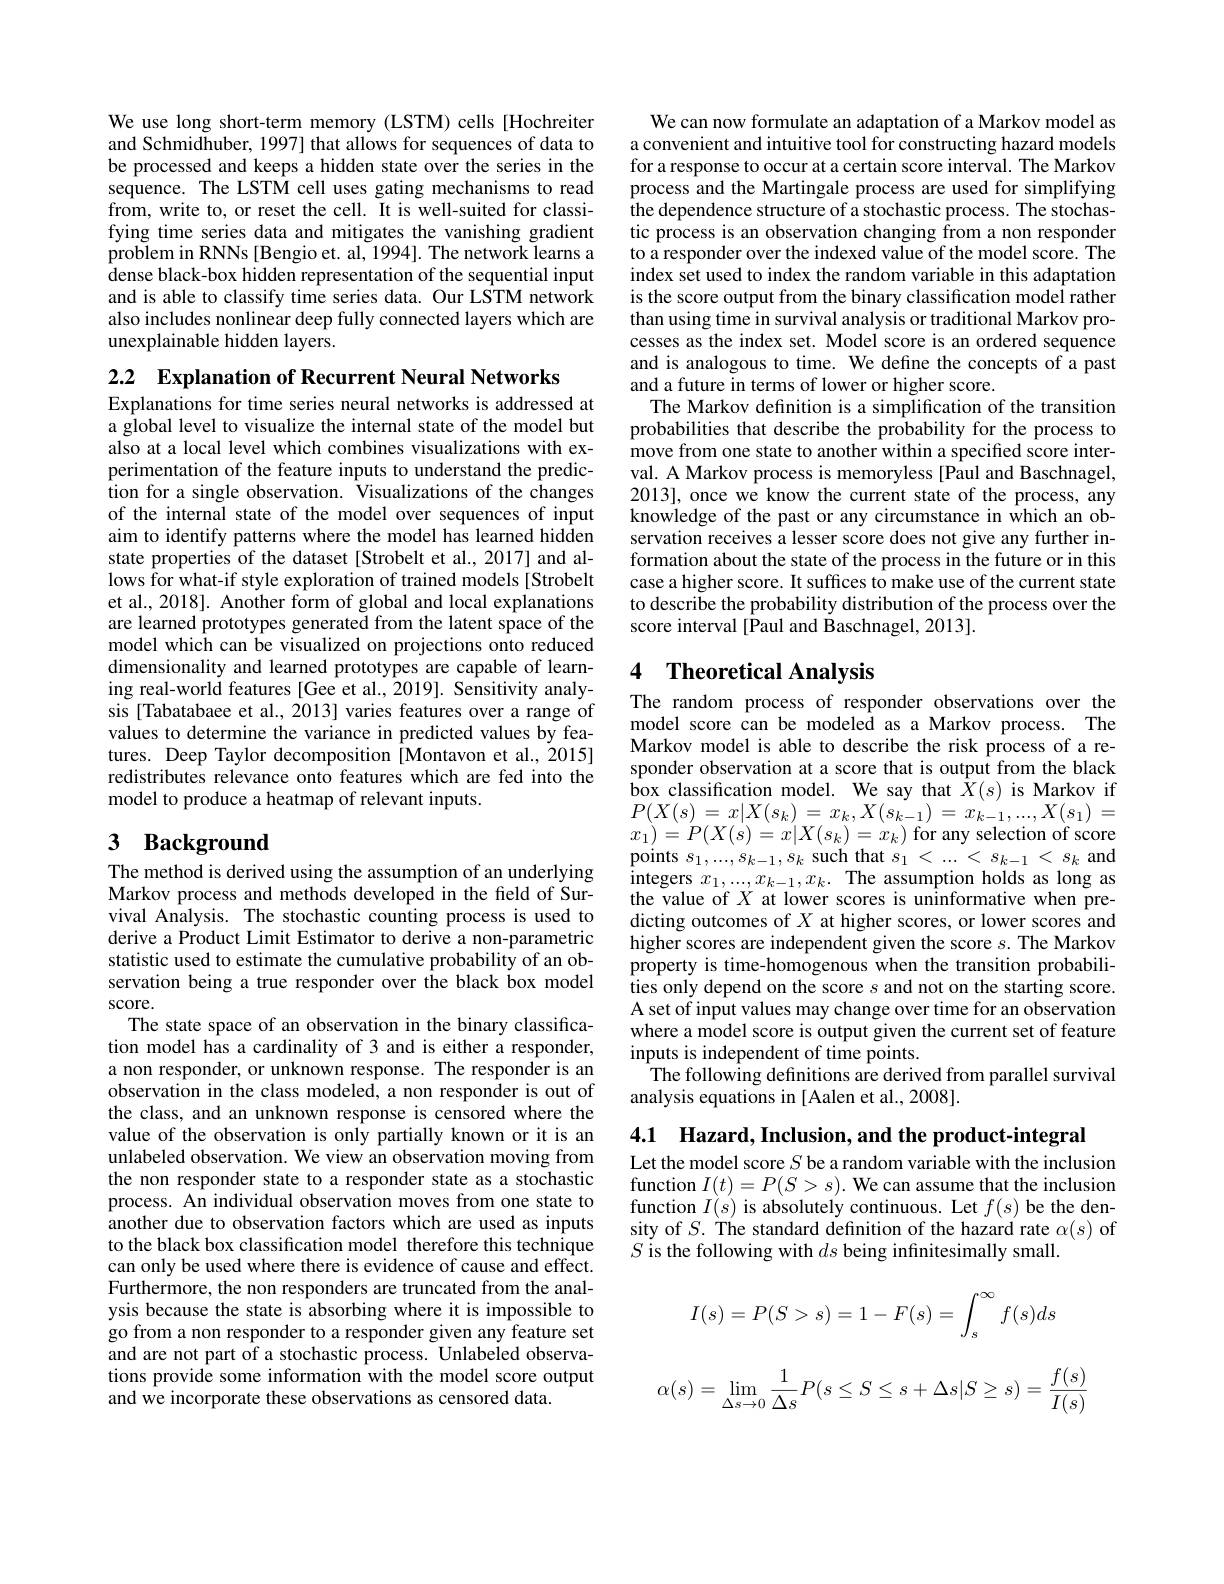
We use long short-term memory (LSTM) cells[Hochreiter] and Schmidhuber, 1997] that allows for sequences of data to be processed and keeps a hidden state over the series in the sequence. The LSTM cell uses gating mechanisms to read from, write to, or reset the cell. It is well-suited for classifying time series data and mitigates the vanishing gradient problem in RNNs [Bengio et. al, 1994]. The network learns a dense black-box hidden representation of the sequential input and is able to classify time series data. Our LSTM network also includes nonlinear deep fully connected layers which are unexplainable hidden layers.

2.2 $\textbf{Explanation of Recurrent Neural Networks}$
Explanations for time series neural networks is addressed at a global level to visualize the internal state of the model but also at a local level which combines visualizations with experimentation of the feature inputs to understand the predic- tion for a single observation. $\hat{\text{Visualizations of the changes}}$ of the internal state of the model over sequences of input aim to identify patterns where the model has learned hidden state properties of the dataset[Strobelt et al., 2017] and allows for what-if style exploration of trained models [Strobelt et al., 2018]. Another form of global and local explanations are learned prototypes generated from the latent space of the model which can be visualized on projections onto reduced dimensionality and learned prototypes are capable of learning real-world features [Gee et al., 2019]. Sensitivity analysis [Tabatabaee et al., 2013] varies features over a range of values to determine the variance in predicted values by features. Deep Taylor decomposition [Montavon et al.,2015] redistributes relevance onto features which are fed into the model to produce a heatmap of relevant inputs.

# 3 Background The method is derived using the assumption of an underlying

Markov process and methods developed in the field of Survival Analysis. The stochastic counting process is used to derive a Product Limit Estimator to derive a non-parametric statistic used to estimate the cumulative probability of an observation being a true responder over the black box model score.
The state space of an observation in the binary classification model has a cardinality of 3 and is either a responder, a non responder, or unknown response. The responder is an observation in the class modeled, a non responder is out of the class, and an unknown response is censored where the value of the observation is only partially known or it is an unlabeled observation. We view an observation moving from the non responder state to a responder state as a stochastic process. An individual observation moves from one state to another due to observation factors which are used as inputs to the black box classification model therefore this technique can only be used where there is evidence of cause and effect. Furthermore, the non responders are truncated from the analysis because the state is absorbing where it is impossible to go from a non responder to a responder given any feature set and are not part of a stochastic process. Unlabeled observations provide some information with the model score output and we incorporate these observations as censored data.

We can now formulate an adaptation of a Markov model as a convenient and intuitive tool for constructing hazard models for a response to occur at a certain score interval. The Markov process and the Martingale process are used for simplifying the dependence structure of a stochastic process. The stochastic process is an observation changing from a non responder to a responder over the indexed value of the model score. The index set used to index the random variable in this adaptation is the score output from the binary classification model rather than using time in survival analysis or traditional Markov processes as the index set. Model score is an ordered sequence and is analogous to time. We define the concepts of a past and a future in terms of lower or higher score.
The Markov definition is a simplification of the transition probabilities that describe the probability for the process to move from one state to another within a specified score interval. A Markov process is memoryless [Paul and Baschnagel, 2013], once we know the current state of the process, any knowledge of the past or any circumstance in which an observation receives a lesser score does not give any further information about the state of the process in the future or in this case a higher score. It suffices to make use of the current state to describe the probability distribution of the process over the score interval [Paul and Baschnagel, 2013].

## 4 Theoretical Analysis

The random process of responder observations over the model score can be modeled as a Markov process. The Markov model is able to describe the risk process of a responder observation at a score that is output from the black box classification model. We say that $\bar{X}(s)$ is Markov if $P(X(s)=x|X(s_{k})=x_{k},X(s_{k-1})=x_{k-1},...,X(s_{1})=$ $x_{1})=P(X(s)=x|X(s_{k})=x_{k})$for any selection of score $\begin{array}{l}\mathrm{points~}s_{1},...,s_{k-1},s_{k}\text{ such that }s_{1}<...<s_{k-1}<s_{k}\mathrm{~and}\\\mathrm{integers~}x_{1},...,x_{k-1},x_{k}.&\mathrm{The~assumption~holds~as~long~as}\end{array}$ the value of $X$ at lower scores is uninformative when predicting outcomes of $X$ at higher scores, or lower scores and higher scores are independent given the score s. The Markov property is time-homogenous when the transition probabilities only depend on the score $s$ and not on the starting score. A set of input values may change over time for an observation where a model score is output given the current set of feature inputs is independent of time points.
The following definitions are derived from parallel survival
analysis equations in [Aalen et al., 2008].

4.1 Hazard,Inclusion, and the product-integral

Let the model score $S$ be a random variable with the inclusion function $I(t)=P(S>s).$ We can assume that the inclusion function $I(s)$ is absolutely continuous. Let $f(s)$ be the density of $S.$ The standard definition of the hazard rate $\alpha(s)$ of $S$ is the following with $ds$ being infinitesimally small.
$$I(s)=P(S>s)=1-F(s)=\int_s^\infty f(s)ds$$
$$\alpha(s)=\lim\limits_{\Delta s\to0}\frac{1}{\Delta s}P(s\leq S\leq s+\Delta s|S\geq s)=\frac{f(s)}{I(s)}$$